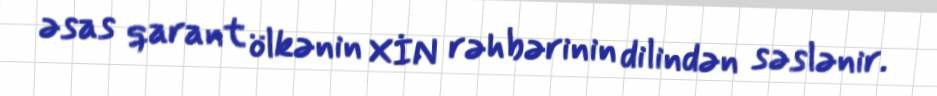
əsas qarant ölkənin XİN rəhbərinin dilindən səslənir.